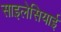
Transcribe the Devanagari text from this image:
साइलेसियाई